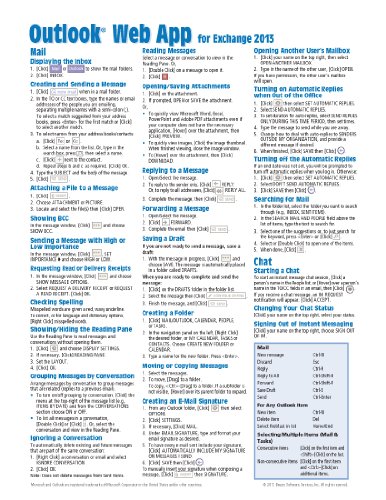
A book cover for Microsoft Outlook Web App (OWA) for Exchange 2013 Quick Reference Guide (Cheat Sheet of Instructions, Tips & Shortcuts - Laminated Card); Beezix Inc.; Computers & Technology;